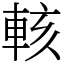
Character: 輆